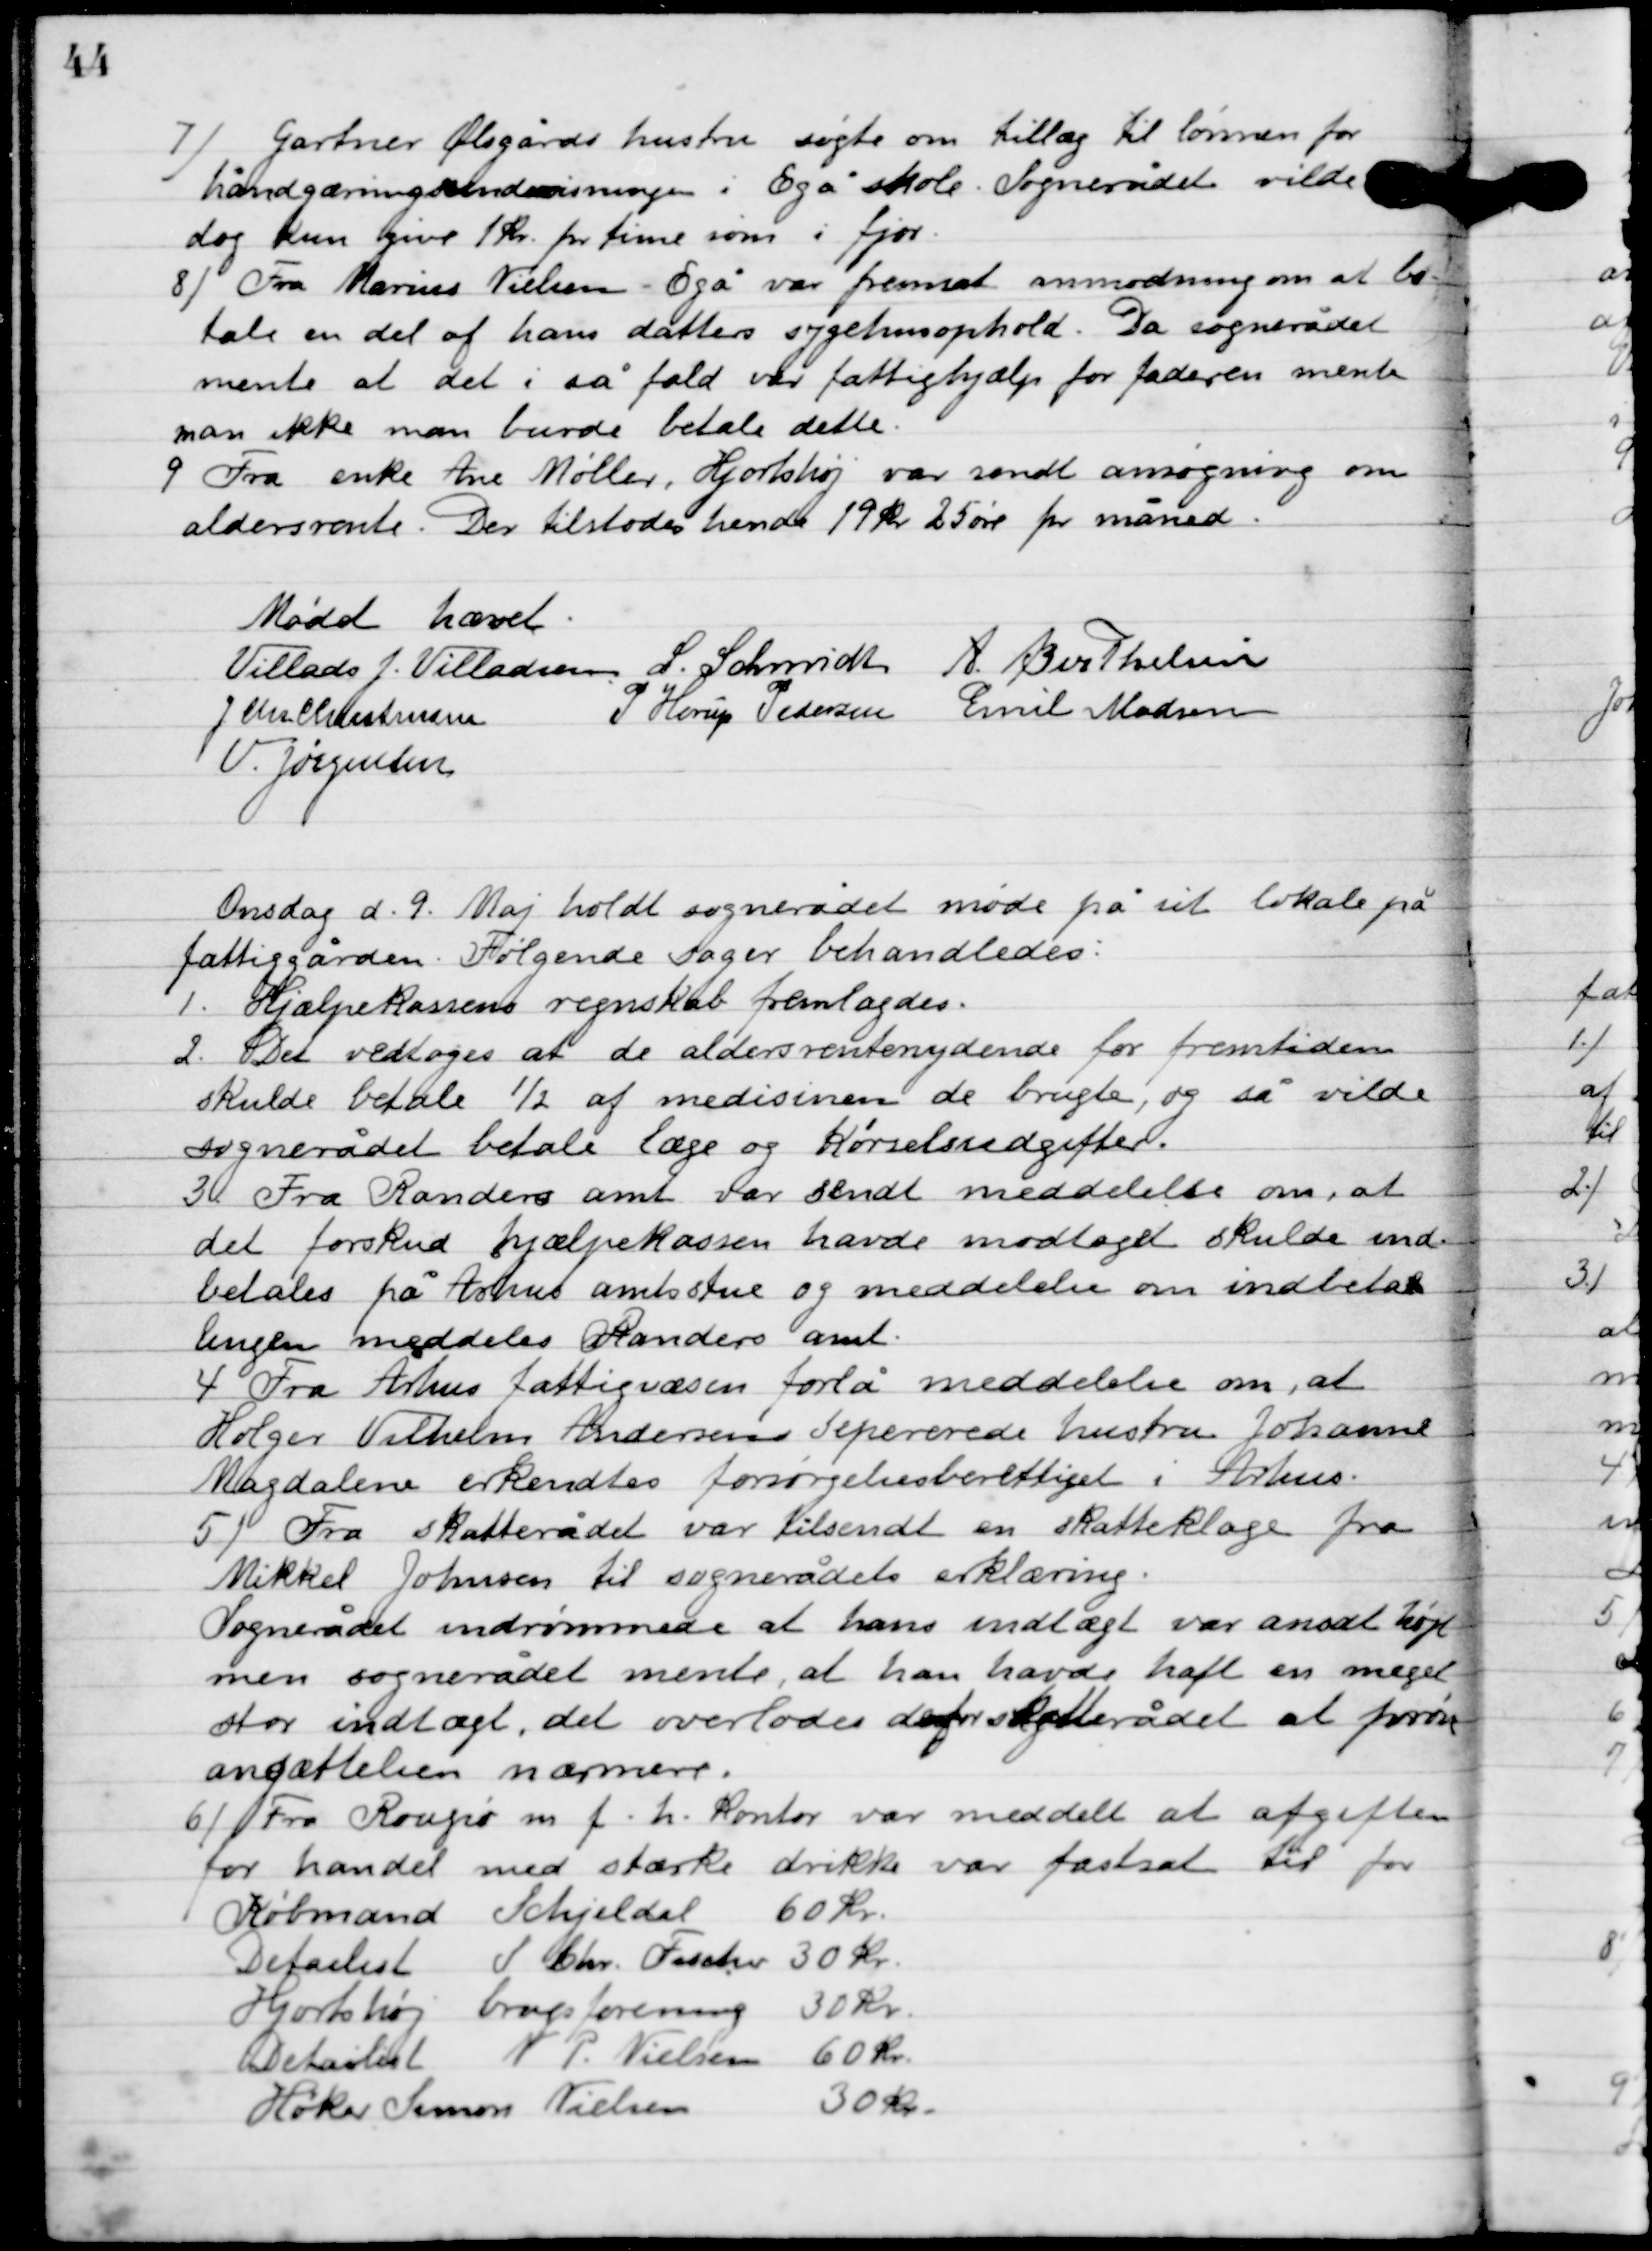
Transskription:
7

Gartner Ølsgårds hustru søgte om tillæg til lønnen for
håndgerningsundervisning i Egå skole. Sognerådet vilde
dog kun give 1 kr. pr. time som i fjor.

8

Fra Marius Nielsen Egå var fremsat anmodning om at be-
tale en del af hans datters sygehusophold. Da sognerådet
mente at det i så fald var fattighjælp for faderen mente
man ikke man burde betale dette.

9

Fra enke Ane Møller, Hjortshøj var sendt ansøgning om
aldersrente. Der tilstodes hende 19 kr. 25 øre pr. måned.

Mødet hævet

Villads J. Villadsen
L. Schmidt
A. Berthelsen
J. Chr. Christensen
P. Horup Pedersen
Emil Madsen
V. Jørgensen

Onsdag D.9. Maj holdt sognerådet møde på sit lokale på
fattiggården. Følgende sager behandledes:

1

Hjælpekassens regnskab fremlagdes.

2

Det vedtoges at de aldersrenteydende for fremtiden
skulde betale ½ af medicinen de brugte, og så vilde
sognerådet betale læge og kørselsudgifter.

3

Fra Randers amt var sendt meddelelse om, at
det forskud hjælpekassen havde modtaget skulde ind-
betales på Århus amtsstue og meddelelse om indbeta-
lingen meddeles Randers amt.

4

Fra Århus fattigvæsen forelå meddelelse om, at
Holger Vilhelm Andersens separerede hustru Johanne
Magdalene erkendtes forsørgelsesberettiget i Århus.

5

Fra skatterådet var tilsendt en skatteklage fra
 Mikkel Johnsen til sognerådets erklæring.
Sognerådet indrømmede at hans indtægt var ansat høje
men sognerådet mente, at han havde haft en meget
stor indtægt, det overlodes derfor skatterådet at prøve
ansættelsen nærmere.

6

Fra Rougsø m.f. h. kontor var meddelt at afgiften
for handel med stærke drikke var fastsat til for
Købmand Schjeldal  60 kr.
Detailist J. Chr. Fischer 30 kr.
Hjortshøj brugsforening 30 kr.
Detailist N. P. Nielsen 60 kr.
Høker Simon Nielsen 30 kr.